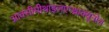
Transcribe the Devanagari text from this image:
आक्सीमीथाइलएन्थ्राक्यूनोन